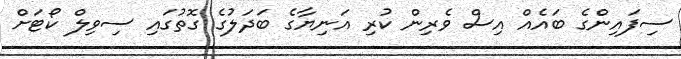
ސިފައިންގެ ބައެއް އިސް ވެރިން ކުރި އަނިޔާގެ ބަދަލުގެ ގޮތުގައި ސިވިލް ކޯޓަށް